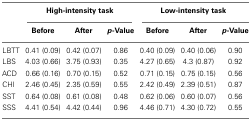
<table><thead><tr><td></td><td colspan="3"><b>High-intensity task</b></td><td colspan="3"><b>Low-intensity task</b></td></tr><tr><td></td><td><b>Before</b></td><td><b>After</b></td><td><b><i>p</i>-Value</b></td><td><b>Before</b></td><td><b>After</b></td><td><b><i>p</i>-Value</b></td></tr></thead><tbody><tr><td>LBTT</td><td>0.41 (0.09)</td><td>0.42 (0.07)</td><td>0.86</td><td>0.40 (0.09)</td><td>0.40 (0.06)</td><td>0.90</td></tr><tr><td>LBS</td><td>4.03 (0.66)</td><td>3.75 (0.93)</td><td>0.35</td><td>4.27 (0.65)</td><td>4.3 (0.87)</td><td>0.92</td></tr><tr><td>ACD</td><td>0.66 (0.16)</td><td>0.70 (0.15)</td><td>0.52</td><td>0.71 (0.15)</td><td>0.75 (0.15)</td><td>0.56</td></tr><tr><td>CHI</td><td>2.46 (0.45)</td><td>2.35 (0.59)</td><td>0.55</td><td>2.42 (0.49)</td><td>2.39 (0.51)</td><td>0.87</td></tr><tr><td>SST</td><td>0.64 (0.08)</td><td>0.61 (0.08)</td><td>0.48</td><td>0.62 (0.06)</td><td>0.60 (0.07)</td><td>0.56</td></tr><tr><td>SSS</td><td>4.41 (0.54)</td><td>4.42 (0.44)</td><td>0.96</td><td>4.46 (0.71)</td><td>4.30 (0.72)</td><td>0.55</td></tr></tbody></table>